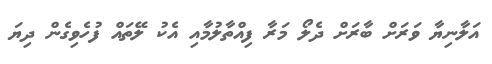
އަލާނިޔާ ވަރަށް ބާރަށް ދެލޯ މަރާ ފިއްތާލުމާއި އެކު ލޭތައް ފުހެވިގެން ދިޔަ